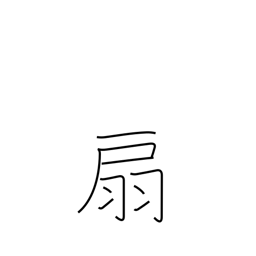
Meaning: fan